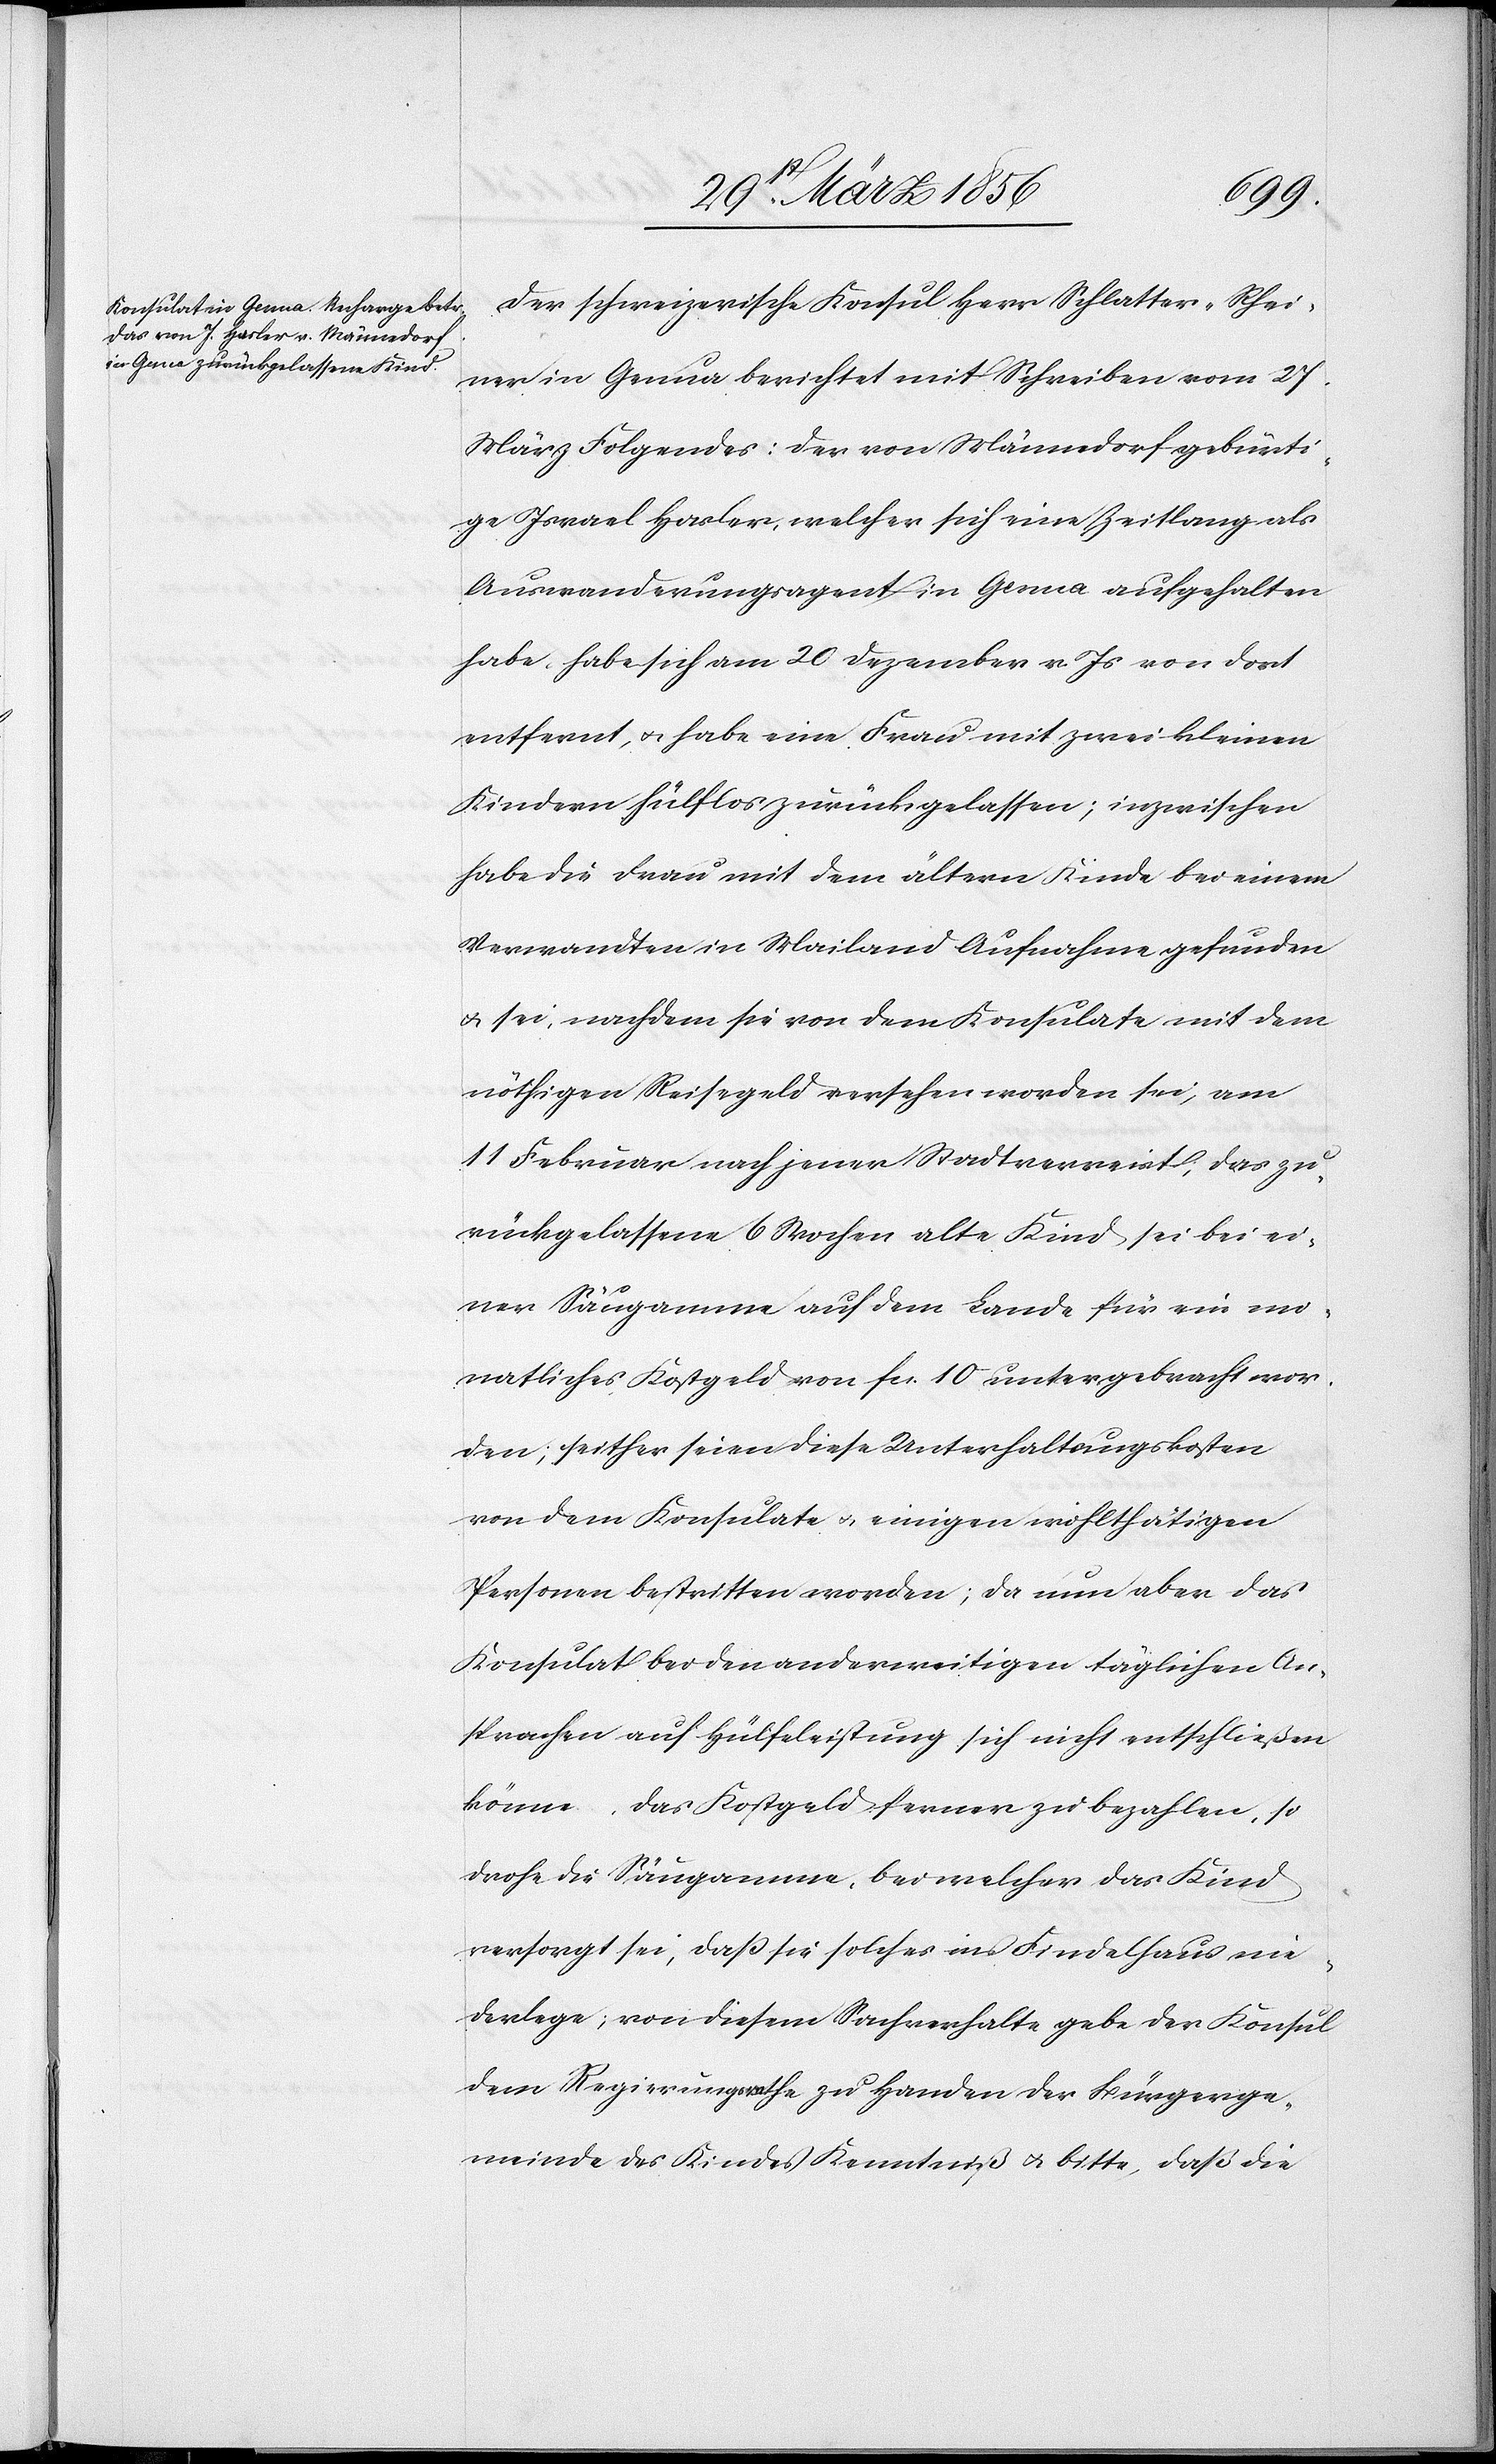
Der schweizerische Konsul Herr Schlatter-Rhei¬
ner in Genua berichtet mit Schreiben vom 27
März Folgendes: Der von Männedorf gebürti¬
ge Israel Hasler, welcher sich eine Zeit lang als
Auswanderungsagent in Genua aufgehalten
habe, habe sich am 20 Dezember v. Js von dort
entfernt, u. habe eine Frau mit zwei kleinen
Kindern hülflos zurückgelassen; inzwischen
habe die Frau mit dem ältern Kinde bei einem
Verwandten in Mailand Aufnahme gefunden
u. sei, nachdem sie von dem Konsulate mit dem
nöthigen Reisegeld versehen worden sei, am
11 Februar nach jener Stadt verreist, das zu¬
rückgelassene 6 Wochen alte Kind sei bei ei¬
ner Säugamme auf dem Lande für ein mo¬
natliches Kostgeld von fcs. 10 untergebracht wor¬
den; seither seien diese Unterhaltungskosten
von dem Konsulate u. einigen wohlthätigen
Personen bestritten worden; da nun aber das
Konsulat bei den anderweitigen täglichen An¬
sprachen auf Hülfeleistung sich nicht entschließen
könne, das Kostgeld ferner zu bezahlen, so
drohe die Säugamme, bei welcher das Kind
versorgt sei, daß sie solches ins Findelhaus nie¬
derlege; von diesem Sachverhalte gebe der Konsul
dem Regierungsrathe zu Handen der Bürgerge¬
meinde des Kindes Kenntniß u. bitte, daß die